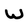
Character: W